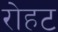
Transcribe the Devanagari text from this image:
रोहट